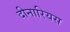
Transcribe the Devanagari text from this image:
दीनारियस